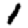
Digit: 1